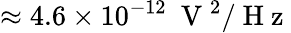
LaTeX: \approx 4.6\times 10^{-12}~\mathrm{~V~}^{2}/\mathrm{~H~z~}